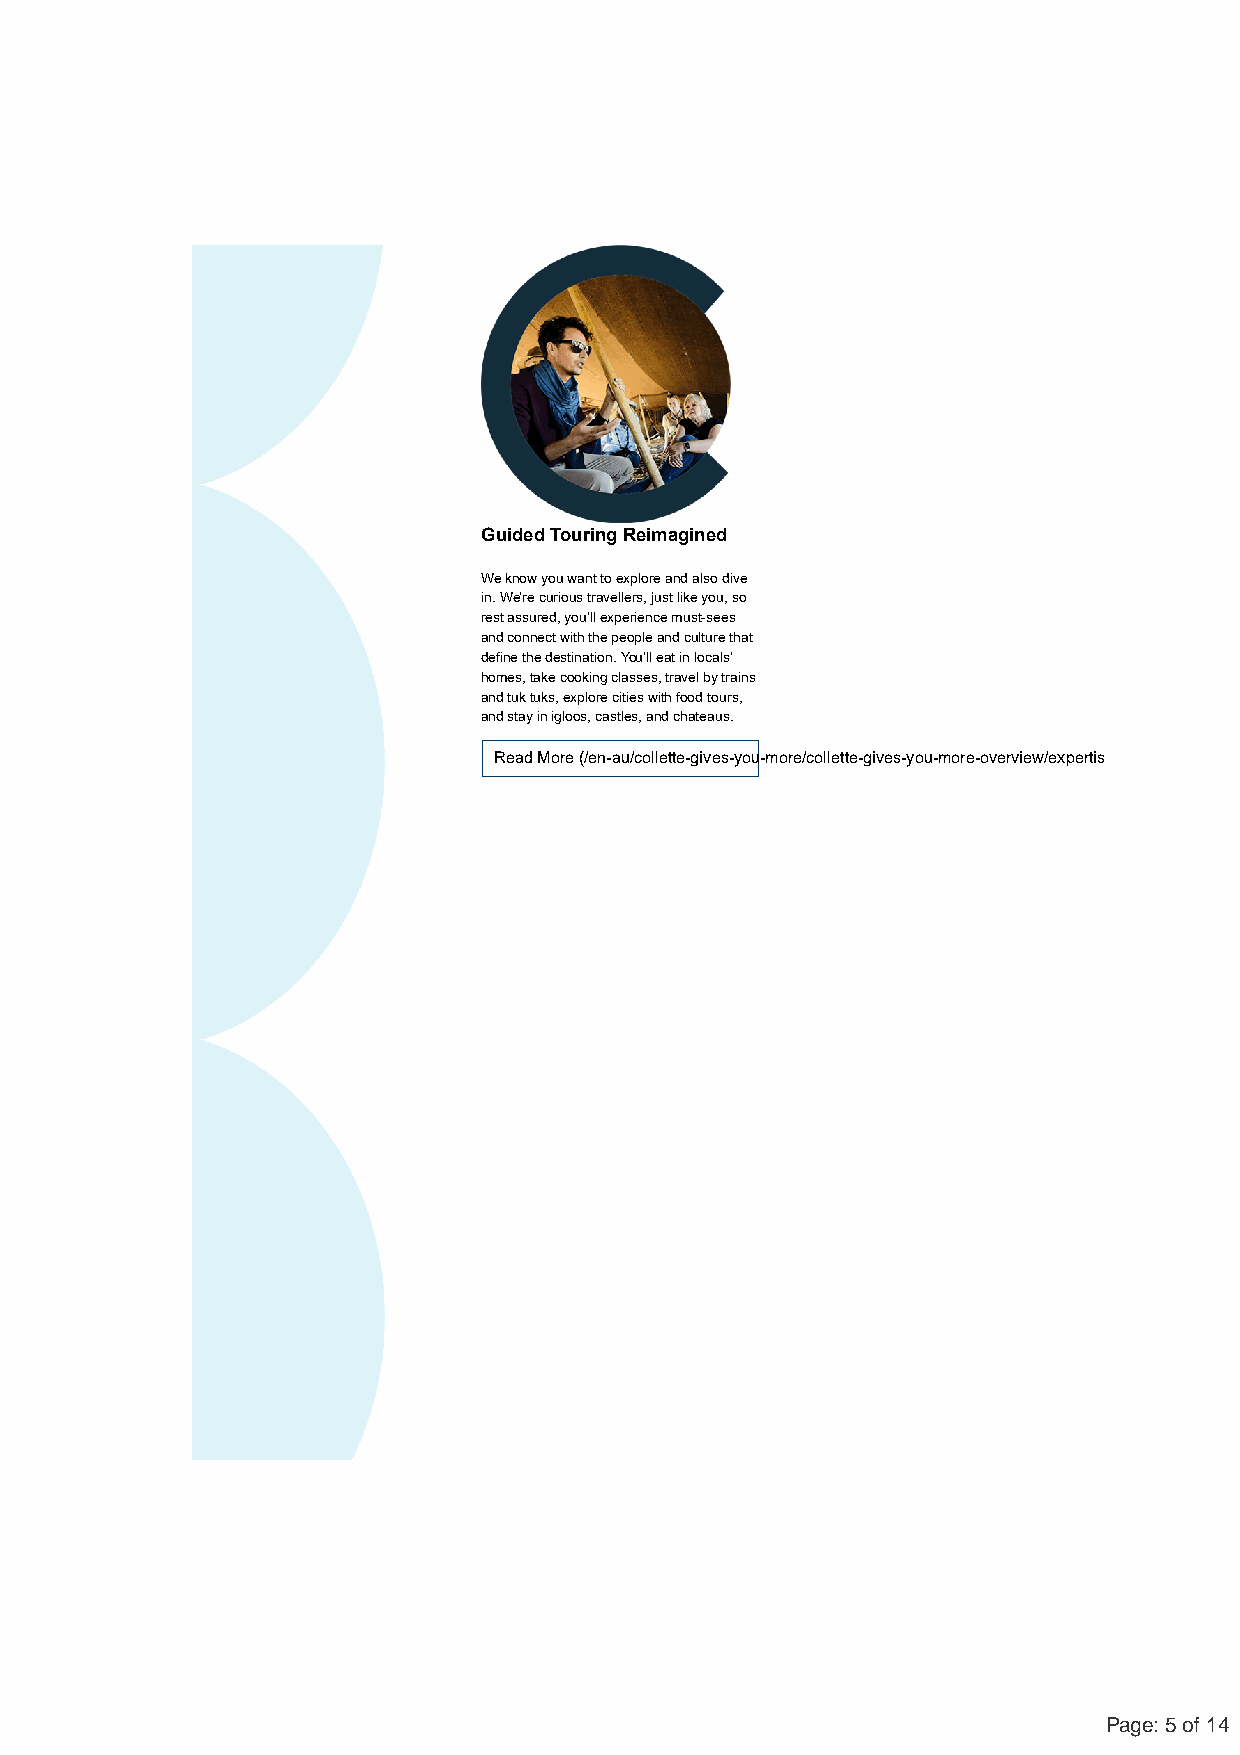
Guided Touring Reimagined
 We know you want to explore and also dive
 in. We’re curious travellers, just like you, so
 rest assured, you’ll experience must-sees
 and connect with the people and culture that
 define the destination. You’ll eat in locals’
 homes, take cooking classes, travel by trains
 and tuk tuks, explore cities with food tours,
 and stay in igloos, castles, and chateaus.
 Read More (/en-au/collette-gives-you-more/collette-gives-you-more-overview/expertis
 Page: 5 of 14